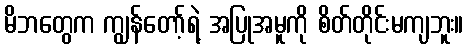
မိဘတွေက ကျွန်တော့်ရဲ့ အပြုအမူကို စိတ်တိုင်းမကျဘူး။